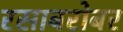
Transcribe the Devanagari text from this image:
रसाबरोबर